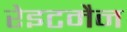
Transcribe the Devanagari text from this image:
रेइटमैन